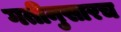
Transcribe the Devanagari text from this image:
गतीनुसारच